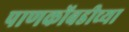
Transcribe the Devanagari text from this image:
पाणकोंबडीच्या